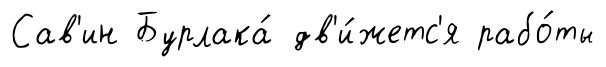
Сав'ин Бурлака́ дв'и́жетс'я рабо́ты